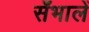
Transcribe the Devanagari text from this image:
सँभालें